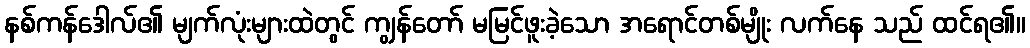
နစ်ကန်ဒေါလ်၏ မျက်လုံးများထဲတွင် ကျွန်တော် မမြင်ဖူးခဲ့သော အရောင်တစ်မျိုး လက်နေ သည် ထင်ရ၏။